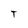
Character: T